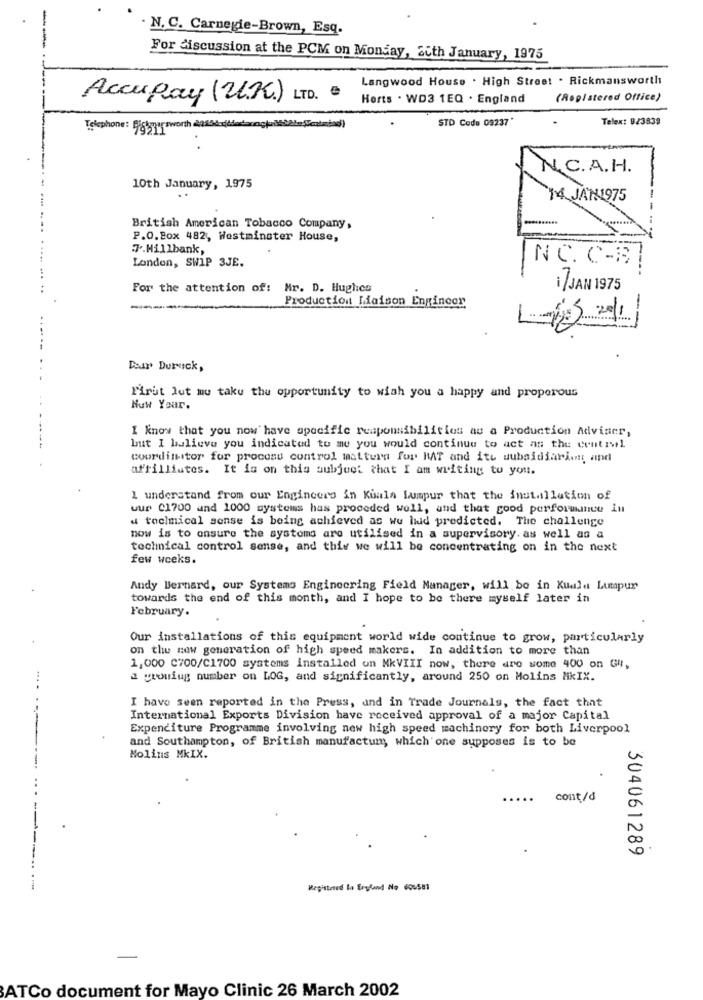
. N. C. Carnegie-Brown, Esq.
For discussion at the PCM on Monday, aith January, 1975
Langwood House . High Street . Rickmansworth
Accupay (UK) LTD. ª
Horts . WD3 1EQ . England
(Registered Office)
STD Code 09237'
Telex: 923839
Telephone: Fiskyyrsworth 225sås(kdodocacja höhle(odaad)
N.C. A. H.
10th January, 1975
14 JAN1975
British American Tobacco Company,
P.O.Box 482, Westminster House,
7.Hillbank,
London, SWIP 3JE.
NC. C-B
For the attention of: Mr. D. Hughes
17 JAN 1975
Production liaison Engincor
-
Der Duruck,
First lut mu taku the opportunity to wish you a happy and properous
Nuw Year.
I know that you now have specific responsibilities au a Production Adviser,
but I believe you indicated to me you would continue to act as the central
coordinator for process control mastturn for BAT and ite subsidiaries and
affilliutes. It is on this subject that I am writing to you.
I understand from our Engineers in Kuala Lumpur that the inutillution of
uur C1700 and 1000 systems has proceded well, and that good performance in
toclmical sense is being achieved as wu lidd predicted. The challenge
now is to ensure the systems are utilised in a supervisory. as well as a
technical control sense, and this we will be concentrating on in the next
few weeks.
Andy Bernard, our Systems Engineering Field Manager, will be in Kuala Lumpur
towards the end of this month, and I hope to be there myself later in
February.
Our installations of this equipment world wide continue to grow, particularly
on the new generation of high speed makers. In addition to more than
1,000 C700/C1700 systems installed on NkVIII now, there are some 400 on G4,
a growing number on LOG, and significantly, around 250 on Molins MIX.
I have seen reported in the Press, and in Trade Journals, the fact that
......
International Exports Division have received approval of a major Capital
Expenditure Programme involving new high speed machinery for both Liverpool
and Southampton, of British manufactum; which one supposes is to be
Molins MkIX.
..
...
cont/d
304061289
Registered la Eryland No 600581
ATCo document for Mayo Clinic 26 March 2002